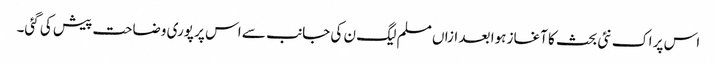
اس پر اک نئی بحث کا آغاز ہوا بعد ازاں مسلم لیگ ن کی جانب سے اس پر پوری وضاحت پیش کی گئی۔